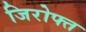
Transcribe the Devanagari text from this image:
जिरोफ्त